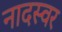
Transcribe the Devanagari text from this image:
नादस्वर